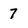
Character: 7